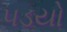
૫ડયો